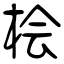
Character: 桧